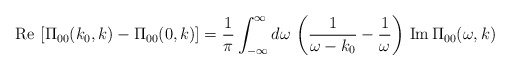
\begin{align*}{\rm Re}\,\left[\Pi_{00} (k_{0},k) - \Pi_{00} (0,k)\right] = {1\over\pi} \int_{-\infty}^{\infty} d\omega\,\left({1\over \omega - k_{0}} -{1\over \omega}\right)\,{\rm Im}\,\Pi_{00}(\omega, k)\end{align*}